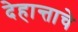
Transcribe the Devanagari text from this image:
देहान्ताचे